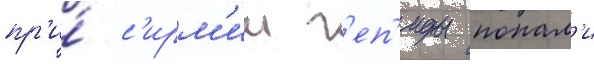
пр'и́ с'ирм'ии г'еп'иды попал'и